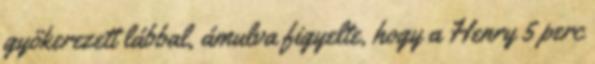
gyökerezett lábbal, ámulva figyelte, hogy a Henry 5 perc